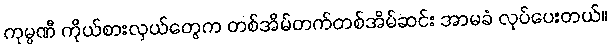
ကုမ္ပဏီ ကိုယ်စားလှယ်တွေက တစ်အိမ်တက်တစ်အိမ်ဆင်း အာမခံ လုပ်ပေးတယ်။